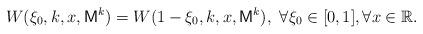
LaTeX: \begin{align*}W(\xi_0,k,x,\mathsf{M}^k)=W(1-\xi_0,k,x,\mathsf{M}^k), ~\forall \xi_0\in [0,1], \forall x\in\mathbb{R}.\end{align*}